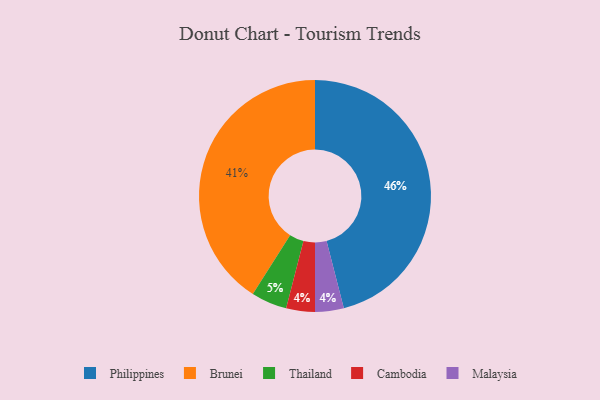
{"axis": {"x": "Category", "y": "Percentage"}, "legend": ["Brunei", "Cambodia", "Malaysia", "Philippines", "Thailand"], "data": [{"x": "Philippines", "y": 46, "type": "Philippines"}, {"x": "Brunei", "y": 41, "type": "Brunei"}, {"x": "Thailand", "y": 5, "type": "Thailand"}, {"x": "Cambodia", "y": 4, "type": "Cambodia"}, {"x": "Malaysia", "y": 4, "type": "Malaysia"}]}